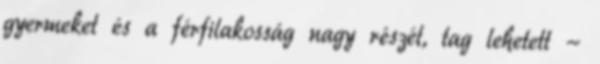
gyermeket és a férfilakosság nagy részét, tag lehetett -